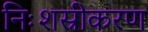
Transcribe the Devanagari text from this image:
निःशस्रीकरण